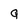
Character: Q